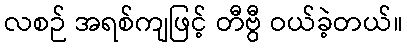
လစဉ် အရစ်ကျဖြင့် တီဗွီ ဝယ်ခဲ့တယ်။